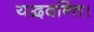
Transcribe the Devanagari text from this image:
यद्वदन्ति।